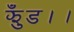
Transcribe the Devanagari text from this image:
झुँड।।